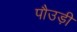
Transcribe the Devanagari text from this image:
पौउड़ी